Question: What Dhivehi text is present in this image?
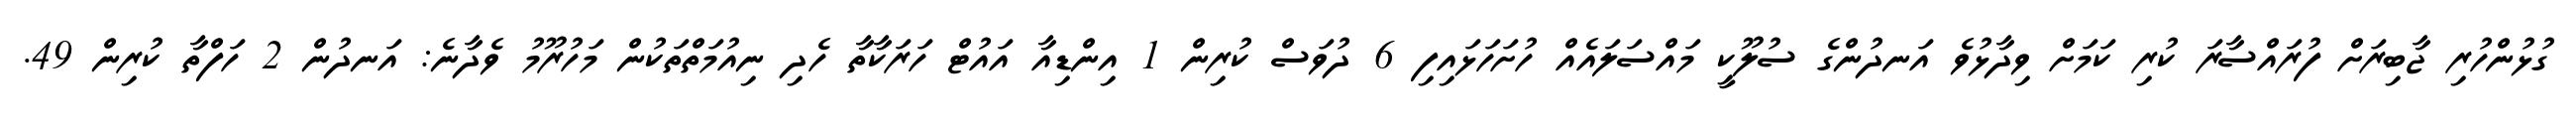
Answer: ގުޅުންހުރި ޖާބިރަށް ފުރައްސާރަ ކުރި ކަމަށް ވިދާޅުވެ އަނދުންގެ ސުލޫކީ މައްސަލައެއް ހުށަހަޅައިފި 6 ދުވަސް ކުރިން 1 އިންޑިއާ އައުޓް ހަރަކާތާ ހެދި ނިއުމަތްތަކުން މަހުރޫމު ވެދާނެ: އަނދުން 2 ހަފްތާ ކުރިން 49.